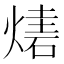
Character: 𤎃